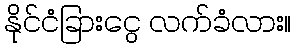
နိုင်ငံခြားငွေ လက်ခံလား။